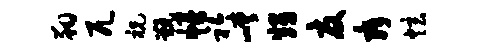
翔兀祝甑幔衿嵯甥夏舜炫